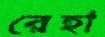
রেহা